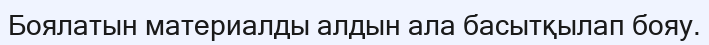
Боялатын материалды алдын ала басытқылап бояу.